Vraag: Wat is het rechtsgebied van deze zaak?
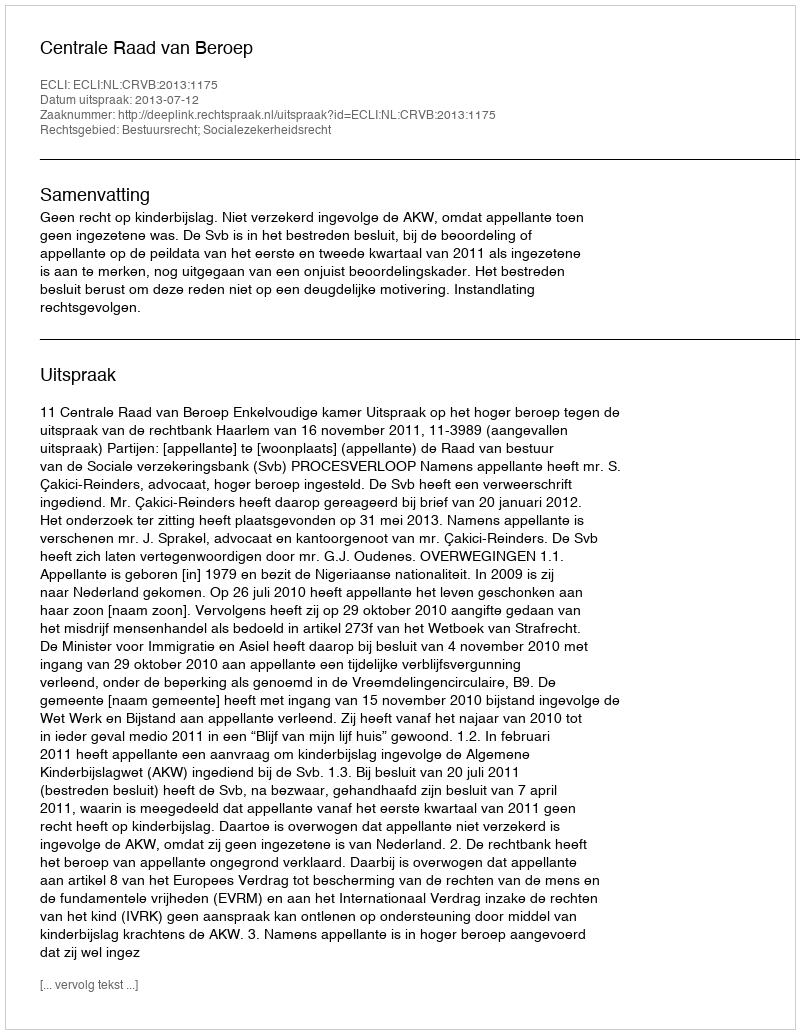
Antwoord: Bestuursrecht; Socialezekerheidsrecht